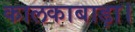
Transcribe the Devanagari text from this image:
कालकाबाड़ा।